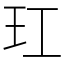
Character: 玒